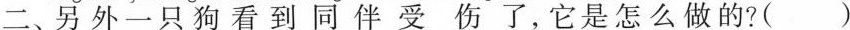
二、另外一只狗看到同伴受伤，它是怎么做的？（）